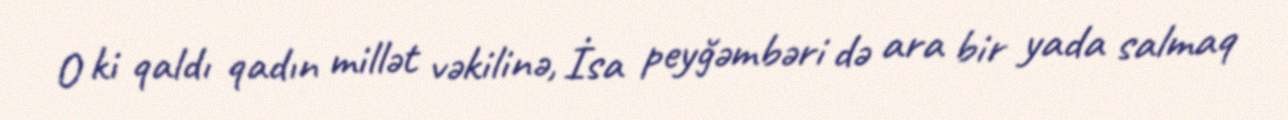
O ki qaldı qadın millət vəkilinə, İsa peyğəmbəri də ara bir yada salmaq